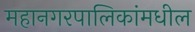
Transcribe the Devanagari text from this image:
महानगरपालिकांमधील